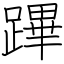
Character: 蹕